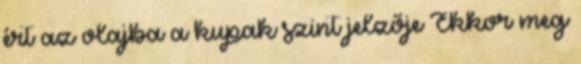
ért az olajba a kupak szint jelzője Ekkor meg